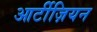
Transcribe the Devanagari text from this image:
आर्टीज़ियन